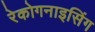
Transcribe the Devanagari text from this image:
रेकोगनाइसिंग